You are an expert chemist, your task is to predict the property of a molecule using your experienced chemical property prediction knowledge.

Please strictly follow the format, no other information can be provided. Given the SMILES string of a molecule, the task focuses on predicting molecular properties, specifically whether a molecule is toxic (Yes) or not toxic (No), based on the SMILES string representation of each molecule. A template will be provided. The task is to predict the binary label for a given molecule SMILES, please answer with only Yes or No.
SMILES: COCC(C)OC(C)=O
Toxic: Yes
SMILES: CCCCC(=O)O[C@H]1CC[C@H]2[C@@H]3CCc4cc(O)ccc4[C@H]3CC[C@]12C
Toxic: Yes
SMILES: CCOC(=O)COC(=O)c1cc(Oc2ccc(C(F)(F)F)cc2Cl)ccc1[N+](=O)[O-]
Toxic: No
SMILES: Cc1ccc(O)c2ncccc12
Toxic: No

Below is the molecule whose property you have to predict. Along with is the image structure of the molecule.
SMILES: Clc1ccccc1Cl
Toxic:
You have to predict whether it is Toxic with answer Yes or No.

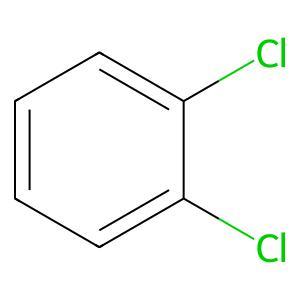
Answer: No